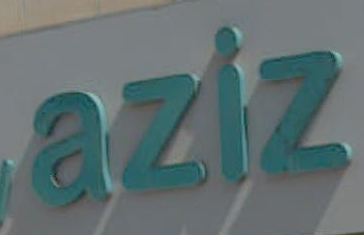
aziz